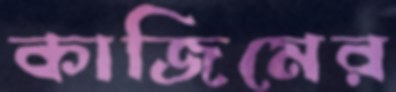
কাজিমের